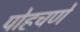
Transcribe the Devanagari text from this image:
पोहचणे